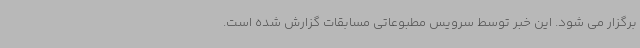
برگزار می شود. این خبر توسط سرویس مطبوعاتی مسابقات گزارش شده است.